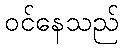
ဝင်နေသည်